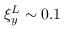
\xi _ { y } ^ { L } \sim 0 . 1